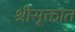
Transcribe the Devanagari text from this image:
श्रीसूक्तात